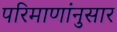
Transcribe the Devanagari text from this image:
परिमाणांनुसार